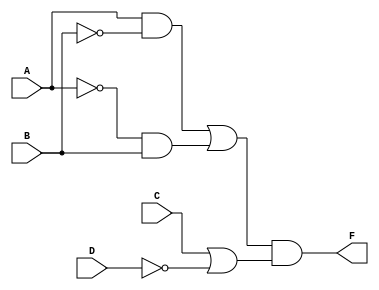
// Yung Cheng, Adrian U. (S14)
/*
    Boolean Function Assigned
    F = (AB' + A'B)(C + D')
*/

module YungCheng(A, B, C, D, F);
    input A, B, C, D;
    output F;

    assign F = (A & ~B | ~A & B) & (C | ~D);
endmodule